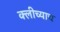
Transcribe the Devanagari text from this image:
क्लीच्याच